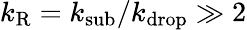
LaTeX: k_{\mathrm{R}}=k_{\mathrm{sub}}/k_{\mathrm{drop}}\gg 2